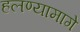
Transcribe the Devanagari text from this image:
हलण्यामागे